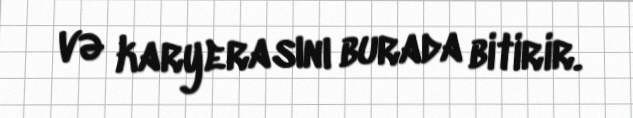
və karyerasını burada bitirir.